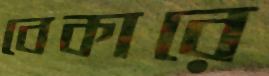
বেকারে